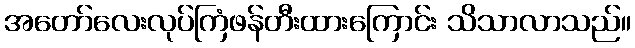
အတော်လေးလုပ်ကြံဖန်တီးထားကြောင်း သိသာလာသည်။